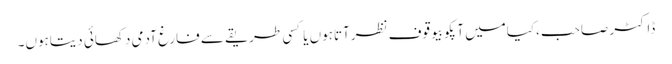
ڈاکٹر صاحب،کیامیں آپکوبیوقوف نظرآتاہوں یاکسی طریقے سے فارغ آدمی دکھائی دیتاہوں۔